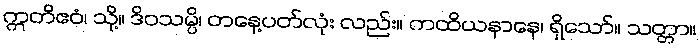
ဣတိဧဝံ၊ သို့။ ဒိဝသမ္ပိ၊ တနေ့ပတ်လုံး လည်း။ ကထိယနာနေ၊ ရှိသော်။ သတ္တာ။